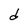
Character: d